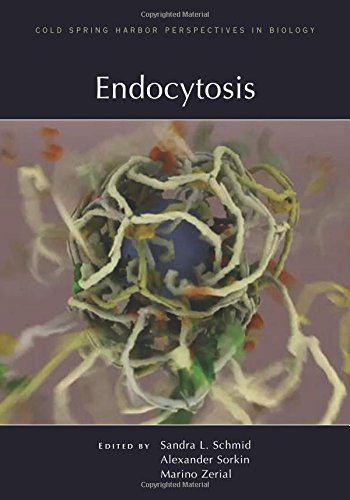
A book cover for Endocytosis (Cold Spring Harbor Perspectives in Biology); Medical Books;